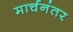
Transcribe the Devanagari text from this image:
मार्चनंतर